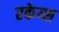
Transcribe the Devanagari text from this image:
रकेय्श